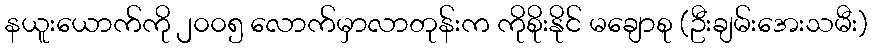
နယူးယောက်ကို ၂၀၀၅ လောက်မှာလာတုန်းက ကိုစိုးနိုင် မချောစု (ဦးချမ်းအေးသမီး)